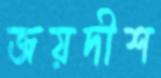
জয়দীশ